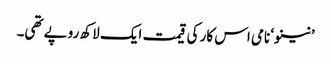
’نینو‘ نامی اس کار کی قیمت ایک لاکھ روپے تھی۔